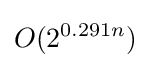
O(2^{0.291n})